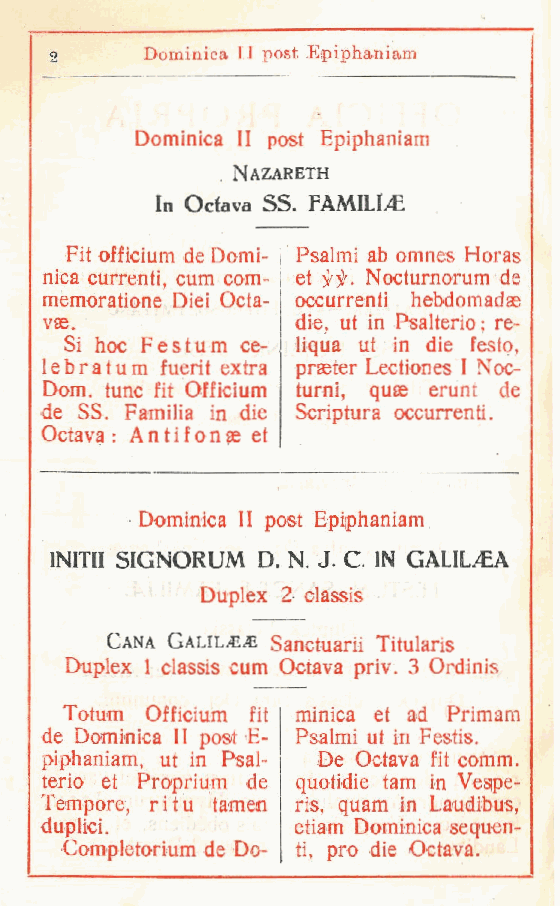
Dominica II post Epiphaniam
 2
 Dominica II post Epiphaniam
 Nazareth
 In Ocfava SS. FAMILIyC
 Fit officium de Domi- Psalmi ab omnes Horas
 nica currenti cum com- et jW. Nocturnorum de
 ,
 memoratione Diei Octa- occurrenti hebdomadse
 vae.             die, ut in Psalterio; re-
 Si hoc Festum ce- liqua ut in die festo,
 lebra tu m fuerit extra praeter Lectiones I Noc-
 Dom. Urne fit Officium turni, quae erunt de
 de SS. Familia in die Scriptura occurrenti.
 Octava : Antifonse et
 Dominica II post Epiphaniam
 INITII SIGNORUM D. N. J. C. IN GALILEA
 Duplex 2 classis
 Cana Calila Sanctuarii Titularis
 Duplex 1 classis cum Octava priv. 3 Ordinis
 Totum Officium fit minica et ad iPrimam
 de Dominica II post E- Psalmi ut in Festis.
 piphaniam, ut in Psal- De Octava fit comm.
 terio et Proprium de quotidie tam in Vesipe-
 Tempore r i t u tamen ris, quam in Laudibus,
 ,
 duplici.         etiam Dominica sequen-
 Completorium de Do- ti, prò die Octava.